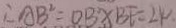
\therefore A B ^ { 2 } = O B \times B F = 2 4